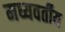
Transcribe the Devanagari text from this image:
मध्यवर्तीय